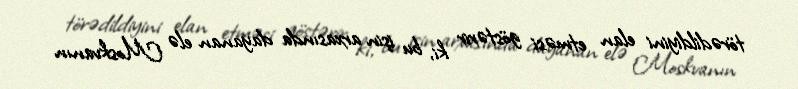
törədildiyini elan etməsi göstərir ki, bu işin arxasında dayanan elə Moskvanın